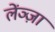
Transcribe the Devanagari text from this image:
लेंञ्ज़ा